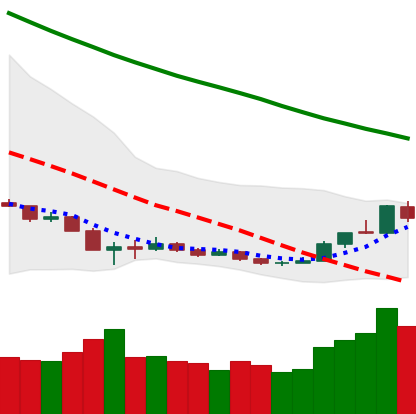
Ticker: ETH-USD
Chart end date: 2018-12-21
Forward return: 20.429%
Label: up_7plus